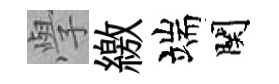
𭓕繳端関